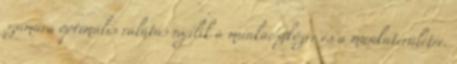
számára optimális rálátás nyílik a munkaeszközre és a munkaterületre.